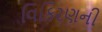
વિકિરણની